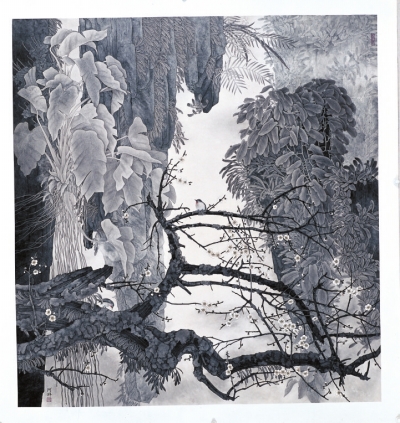
晓窗移枕，酒困香残，春阴帘卷。